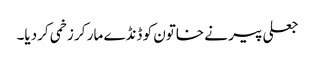
جعلی پیر نے خاتون کو ڈنڈے مار کر زخمی کردیا۔